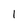
Character: 1